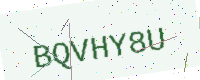
Text: BQVHY8U